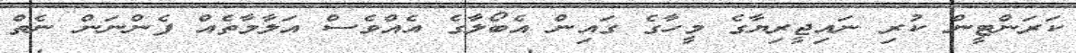
ކަރަންޓީން ކުރި ނައިޖީރިޔާގެ މީހާގެ ގައިން އެބޯލާގެ އެއްވެސް އަލާމާތެއް ފެންނަން ނެތް